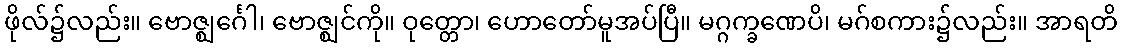
ဖိုလ်၌လည်း။ ဗောဇ္ဈင်္ဂေါ၊ ဗောဇ္ဈင်ကို။ ဝုတ္တော၊ ဟောတော်မူအပ်ပြီ။ မဂ္ဂက္ခဏေပိ၊ မဂ်စကား၌လည်း။ အာရတိ